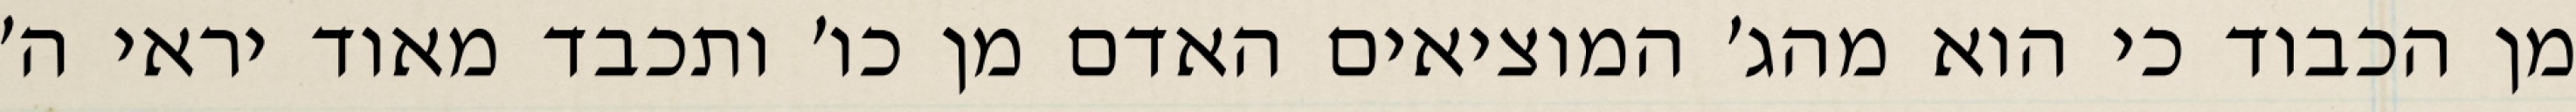
מן הכבוד כי הוא מהג׳ המוציאים האדם מן כו׳ ותכבד מאוד יראי ה׳